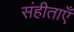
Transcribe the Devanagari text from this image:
संहीताएँ